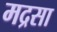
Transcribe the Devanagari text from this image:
मद्रसा